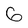
Character: 6